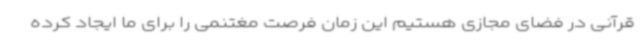
قرآنی در فضای مجازی هستیم این زمان فرصت مغتنمی را برای ما ایجاد کرده